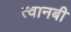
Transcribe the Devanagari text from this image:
त्वानबी